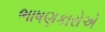
ભાષણકારોએ